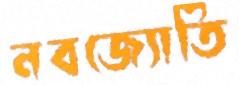
নবজ্যোতি